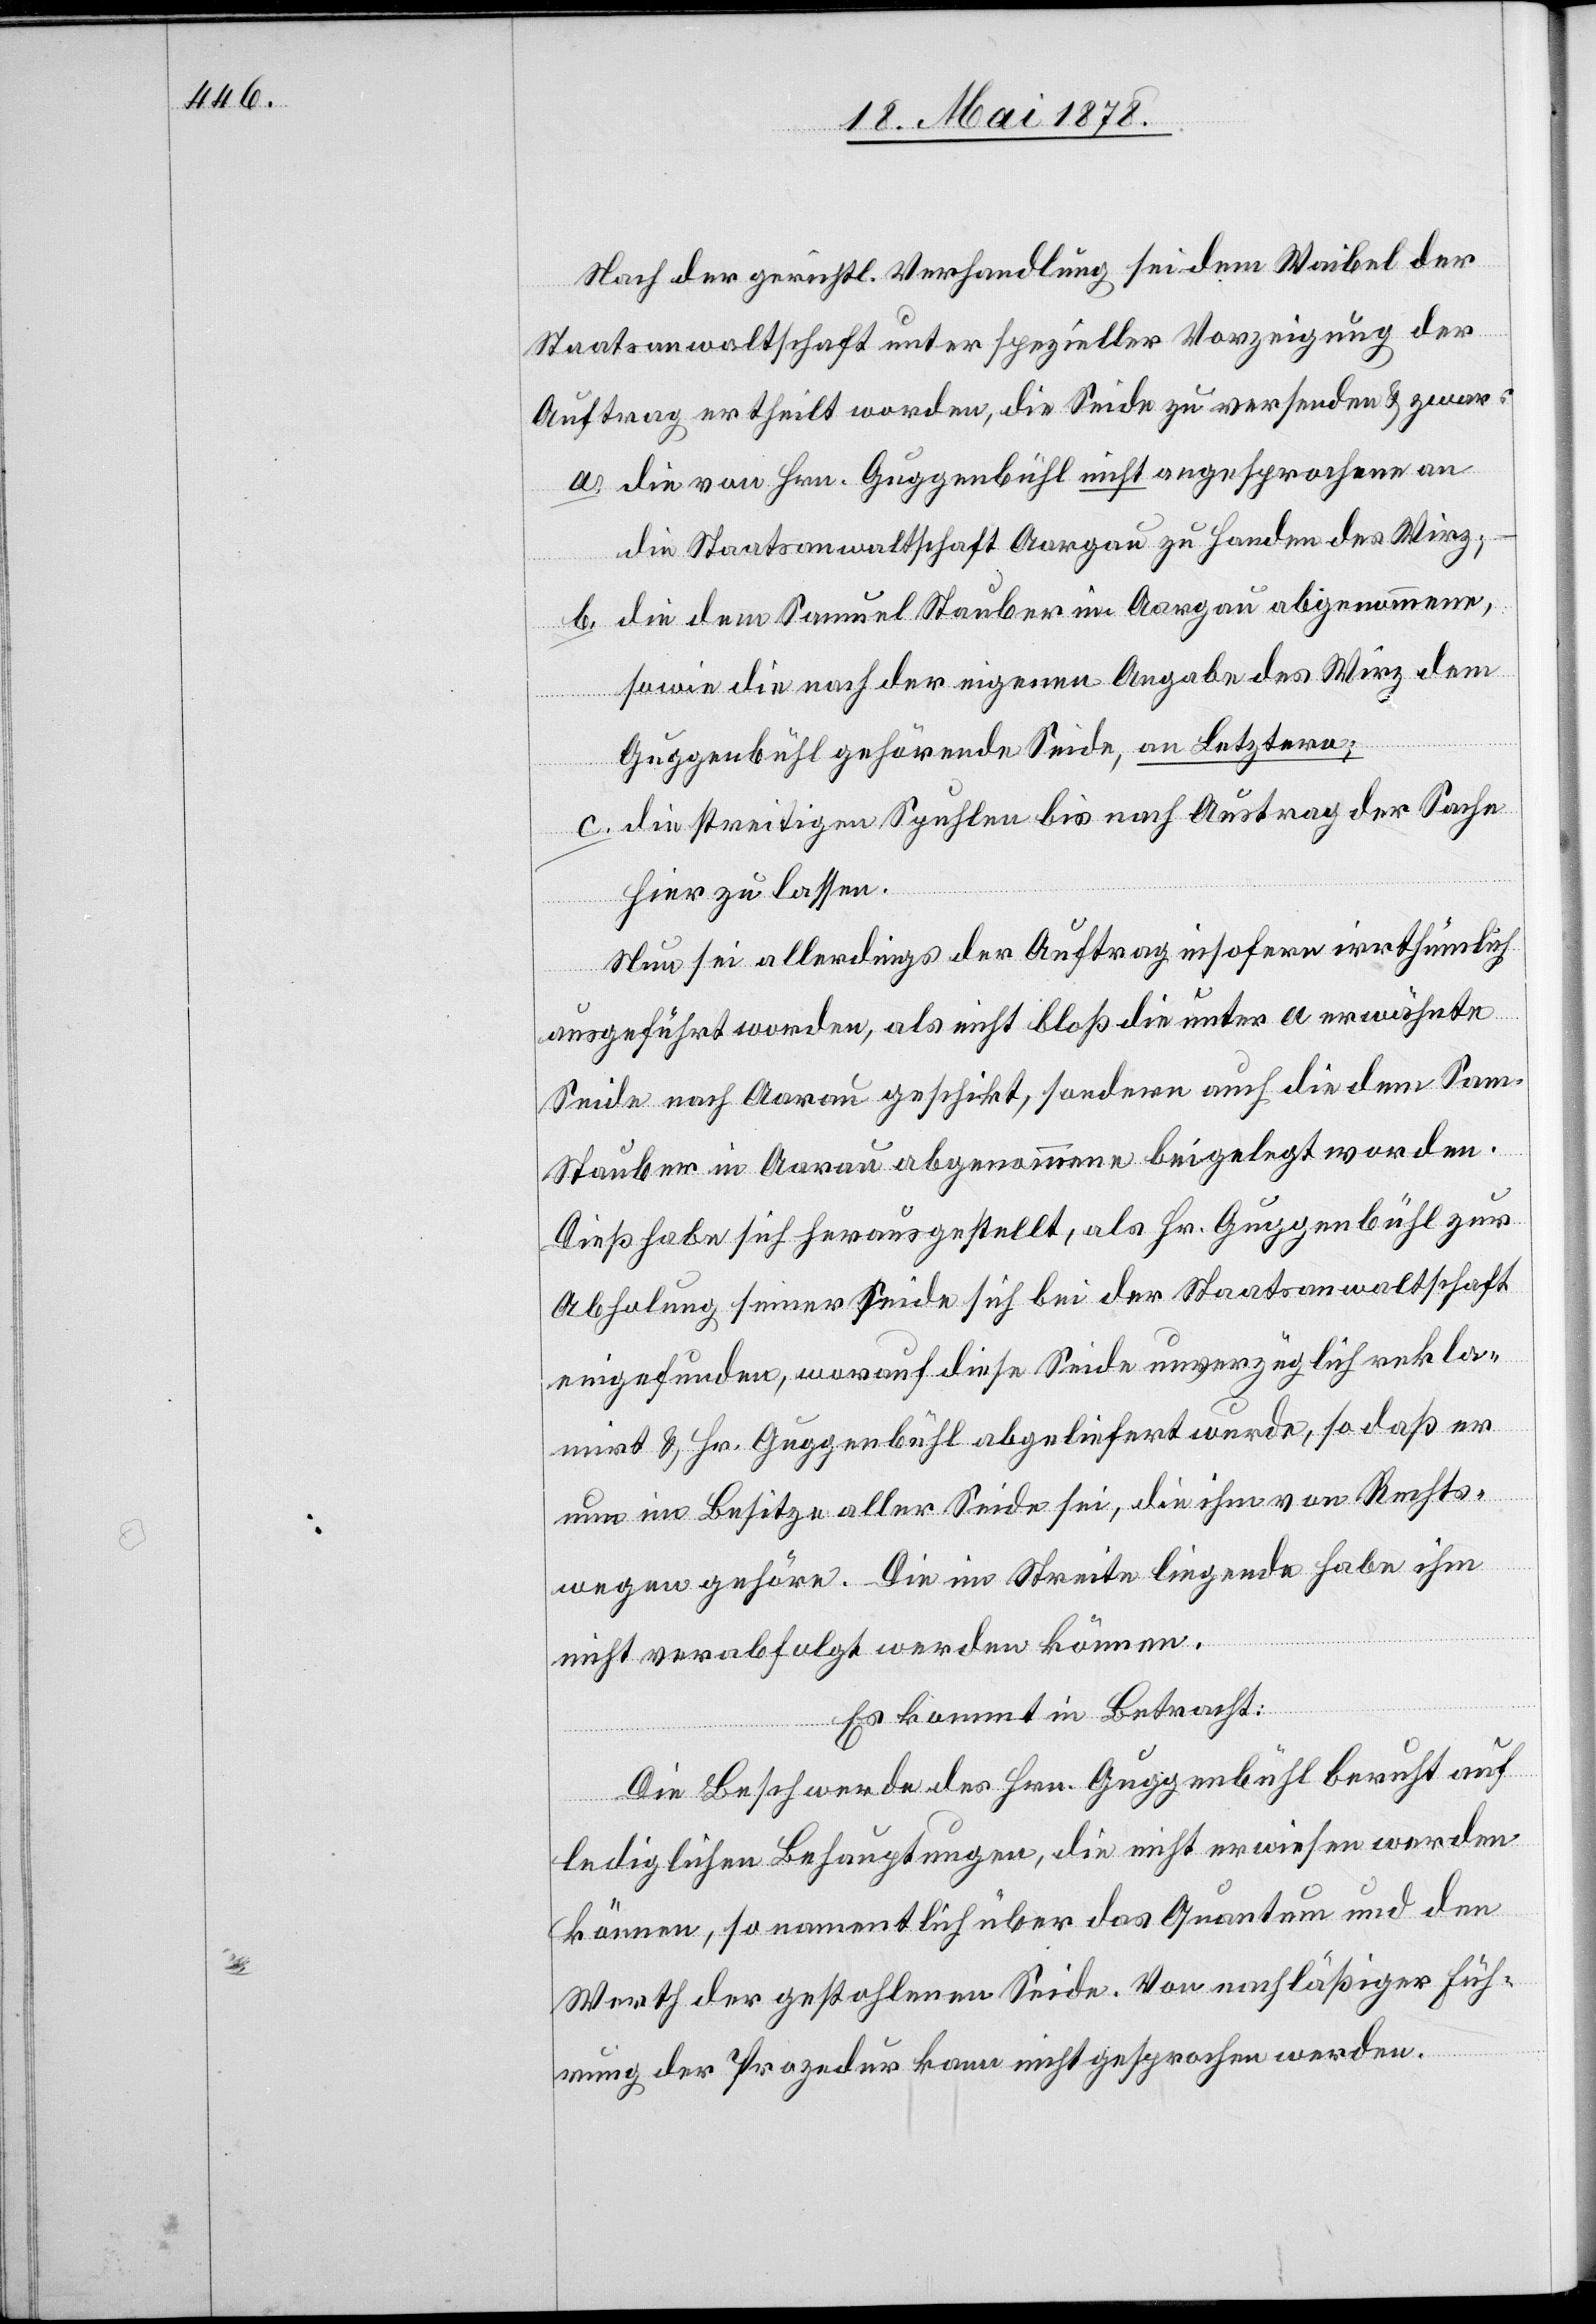
Nach der gerichtl. Verhandlung sei dem Waibel der
Staatsanwaltschaft unter spezieller Vorzeigung der
Auftrag ertheilt worden, die Seide zu versenden & zwar:
die von Hrn. Guggenbühl nicht angesprochene an
die Staatsanwaltschaft Aargau zu Handen des Wirz;
die dem Samuel Stauber im Aargau abgenommene,
sowie die nach der eigenen Angabe des Wirz dem
Guggenbühl gehörende Seide, an Letztere;
die streitigen Spuhlen bis nach Austrag der Sache
hier zu lassen.
Nun sei allerdings der Auftrag insofern irrthümlich
ausgeführt worden, als nicht bloß die unter a erwähnte
Seide nach Aarau geschickt, sondern auch die dem Sam.
Stauber in Aarau abgenommene beigelegt worden.
Dieß habe sich herausgestellt, als Hr. Guggenbühl zur
Abholung seiner Seide sich bei der Staatsanwaltschaft
eingefunden, worauf diese Seide unverzüglich rekla¬
mirt & Hr. Guggenbühl abgeliefert wurde, so daß er
nun im Besitze aller Seide sei, die ihm von Rechts¬
wege gehöre. Die im Streite liegende habe ihm
nicht verabfolgt werden können.
Es kommt in Betracht:
Die Beschwerde des Hrn. Guggenbühl beruht auf
lediglichen Behauptungen, die nicht erwiesen werden
können, so namentlich über das Quantum und den
Werth der gestohlenen Seide. Von nachlässiger Füh¬
rung der Prozedur kann nicht gesprochen werden.